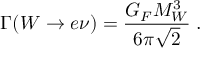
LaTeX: \Gamma ( W \to e \nu ) = \frac { G _ { F } M _ { W } ^ { 3 } } { 6 \pi \sqrt { 2 } } \; .